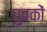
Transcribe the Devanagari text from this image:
चुवकों